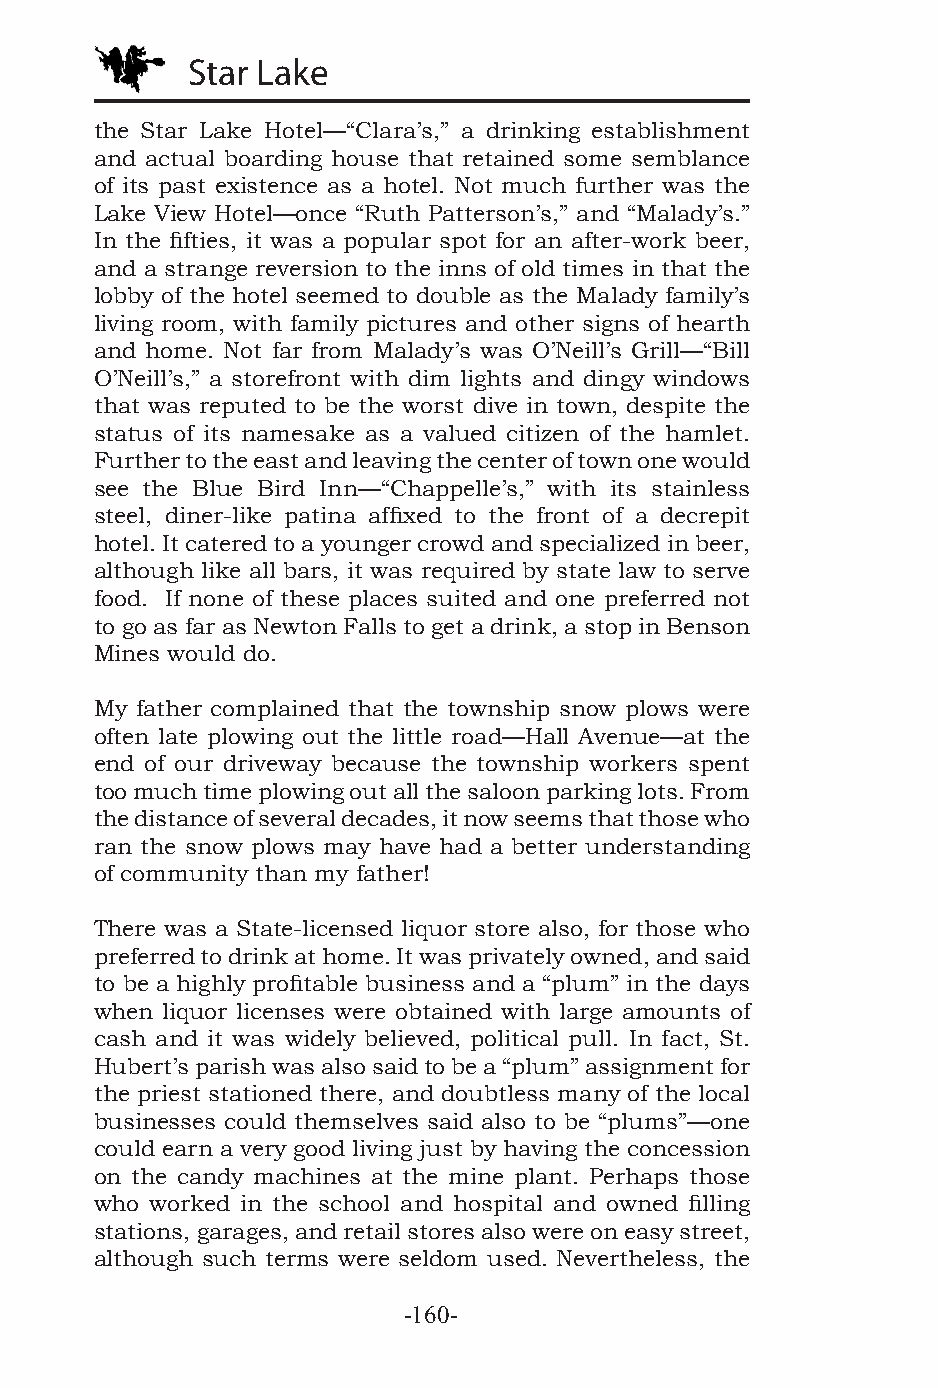
Star Lake
 the Star Lake Hotel—“Clara’s,” a drinking establishment
 and actual boarding house that retained some semblance
 of its past existence as a hotel. Not much further was the
 Lake View Hotel—once “Ruth Patterson’s,” and “Malady’s.”
 In the fifties, it was a popular spot for an after-work beer,
 and a strange reversion to the inns of old times in that the
 lobby of the hotel seemed to double as the Malady family’s
 living room, with family pictures and other signs of hearth
 and home. Not far from Malady’s was O’Neill’s Grill—“Bill
 O’Neill’s,” a storefront with dim lights and dingy windows
 that was reputed to be the worst dive in town, despite the
 status of its namesake as a valued citizen of the hamlet.
 Further to the east and leaving the center of town one would
 see the Blue Bird Inn—“Chappelle’s,” with its stainless
 steel, diner-like patina affixed to the front of a decrepit
 hotel. It catered to a younger crowd and specialized in beer,
 although like all bars, it was required by state law to serve
 food. If none of these places suited and one preferred not
 to go as far as Newton Falls to get a drink, a stop in Benson
 Mines would do.
 My father complained that the township snow plows were
 often late plowing out the little road—Hall Avenue—at the
 end of our driveway because the township workers spent
 too much time plowing out all the saloon parking lots. From
 the distance of several decades, it now seems that those who
 ran the snow plows may have had a better understanding
 of community than my father!
 There was a State-licensed liquor store also, for those who
 preferred to drink at home. It was privately owned, and said
 to be a highly profitable business and a “plum” in the days
 when liquor licenses were obtained with large amounts of
 cash and it was widely believed, political pull. In fact, St.
 Hubert’s parish was also said to be a “plum” assignment for
 the priest stationed there, and doubtless many of the local
 businesses could themselves said also to be “plums”—one
 could earn a very good living just by having the concession
 on the candy machines at the mine plant. Perhaps those
 who worked in the school and hospital and owned filling
 stations, garages, and retail stores also were on easy street,
 although such terms were seldom used. Nevertheless, the
 -160-